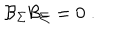
\mathcal { B } _ { \Sigma } \mathcal { B } _ { \Sigma } = 0 \; .